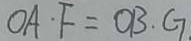
O A \cdot F = O B \cdot G .